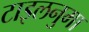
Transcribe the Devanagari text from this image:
टाइलनुमा